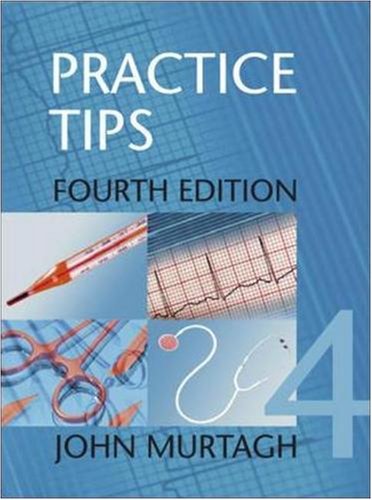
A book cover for Practice Tips; John Murtagh; Medical Books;